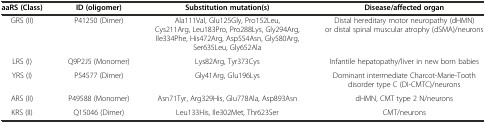
| aaRS (Class) | ID (oligomer) | Substitution mutation(s) | Disease/affected organ |
 | --- | --- | --- | --- |
 | GRS (II) | P41250 (Dimer) | Ala111Val, Glu125Gly, Pro152Leu, Cys211Arg, Leu183Pro, Pro288Lys, Gly294Arg, Ile334Phe, His472Arg, Asp554Asn, Gly580Arg, Ser635Leu, Gly652Ala | Distal hereditary motor neuropathy (dHMN) or distal spinal muscular atrophy (dSMA)/neurons |
 | LRS (I) | Q9P2J5 (Monomer) | Lys82Arg, Tyr373Cys | Infantile hepatopathy/liver in new born babies |
 | YRS (I) | P54577 (Dimer) | Gly41Arg, Glu196Lys | Dominant intermediate Charcot-Marie-Tooth disorder type C (DI-CMTC)/neurons |
 | ARS (II) | P49588 (Monomer) | Asn71Tyr, Arg329His, Glu778Ala, Asp893Asn | dHMN, CMT type 2 N/neurons |
 | KRS (II) | Q15046 (Dimer) | Leu133His, Ile302Met, Thr623Ser | CMT/neurons |